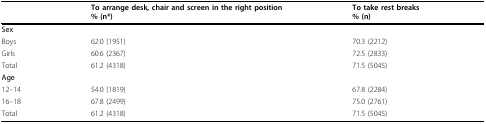
|  | To arrange desk, chair and screen in the right position% (n*) | To take rest breaks% (n) |
 | --- | --- | --- |
 | Sex |  |  |
 | Boys | 62.0 (1951) | 70.3 (2212) |
 | Girls | 60.6 (2367) | 72.5 (2833) |
 | Total | 61.2 (4318) | 71.5 (5045) |
 | Age |  |  |
 | 12--14 | 54.0 (1819) | 67.8 (2284) |
 | 16--18 | 67.8 (2499) | 75.0 (2761) |
 | Total | 61.2 (4318) | 71.5 (5045) |